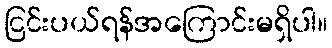
ငြင်းပယ်ရန်အကြောင်းမရှိပါ။